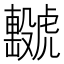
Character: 𧈖